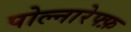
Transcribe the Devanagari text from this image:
पोल्नारेफ्फ़